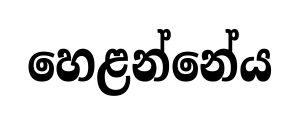
හෙළන්නේය